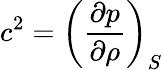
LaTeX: c^{2}=\left({\frac{\partial p}{\partial\rho}}\right)_{S}